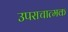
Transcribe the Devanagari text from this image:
उपराचात्मक